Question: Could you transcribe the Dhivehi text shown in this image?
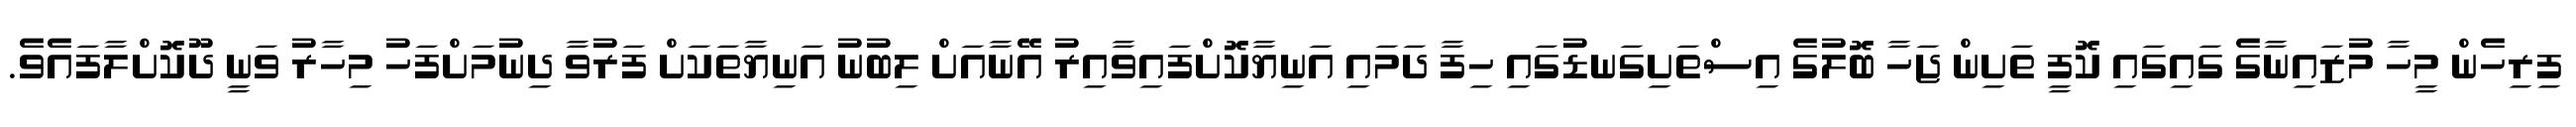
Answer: ފިރިހެން މީހާ މުޒައިނާގެ ގައިގައި ކޮފީ ތަށިން ޖަހާ ބޮލުގެ އިސްތަށިގަނޑުގައި ހިފާ ދަމައި އަނިޔާކޮށްފައިވާއިރު އޭނާއަށް ލިބުނު އަނިޔާތަކަށް ފަރުވާ ދިނުމަށްފަހު މިހާރު ވަނީ ދޫކޮށްލާފައެވެ.